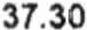
37.30